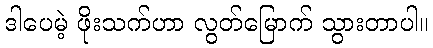
ဒါပေမဲ့ ဖိုးသက်ဟာ လွတ်မြောက် သွားတာပါ။